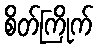
စိတ်ကြိုက်